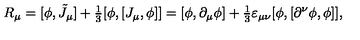
R _ { \mu } = [ \phi , \tilde { J } _ { \mu } ] + { \textstyle \frac 1 3 } [ \phi , [ J _ { \mu } , \phi ] ] = [ \phi , \partial _ { \mu } \phi ] + { \textstyle \frac 1 3 } \varepsilon _ { \mu \nu } [ \phi , [ \partial ^ { \nu } \phi , \phi ] ] ,